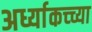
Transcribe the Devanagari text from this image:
अर्ध्याकच्च्या